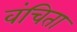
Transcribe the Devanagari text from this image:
वंचिता